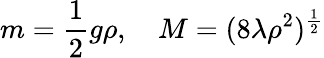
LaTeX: m=\frac 12g\rho,\quad M=(8\lambda\rho^{2})^{\frac 12}